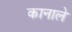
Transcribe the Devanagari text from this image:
कानाले